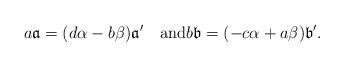
LaTeX: \begin{align*}a\mathfrak a=(d\alpha-b\beta)\mathfrak a'\quad\textrm{and}b\mathfrak b=(-c\alpha+a\beta)\mathfrak b'.\end{align*}